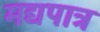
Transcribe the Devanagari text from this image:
मद्यपात्र